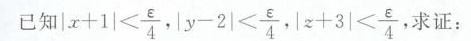
已知| $$| x + 1 | < \frac { ε } { 4 }$$ $$| y - 2 |< \frac { ε }{ 4 } , | z + 3 |< \frac { ε } { 4 }$$ 求证： <÷，求证：求证：